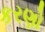
કરણો